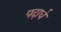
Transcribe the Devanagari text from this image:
पदार्ध